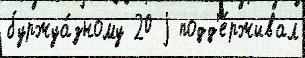
буржуа́зному 20 j подд'е́рживал